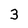
Character: 3